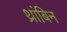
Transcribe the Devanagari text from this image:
थ्रांबिन